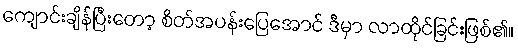
ကျောင်းချိန်ပြီးတော့ စိတ်အပန်းပြေအောင် ဒီမှာ လာထိုင်ခြင်းဖြစ်၏။